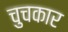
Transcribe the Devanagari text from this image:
चुचकार